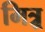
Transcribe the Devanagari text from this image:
मित्र्र